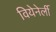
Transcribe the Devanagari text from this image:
वियेनेर्ली